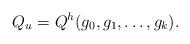
LaTeX: \begin{align*} Q_{u} = Q^h(g_0,g_1,\ldots,g_k). \end{align*}